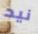
نيد